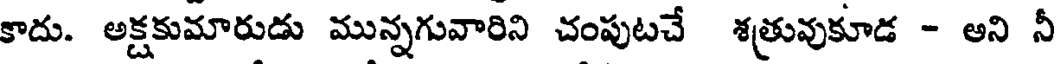
కాదు. అక్షకుమారుడు మున్నగువారిని చంపుటచే శత్రువుకూడ - అని నీ